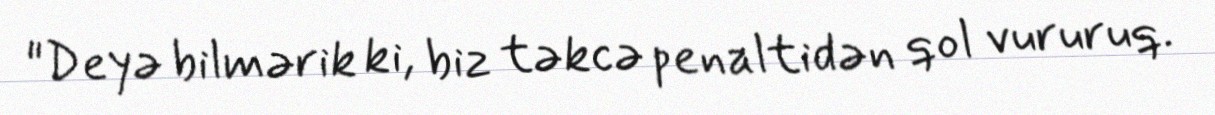
"Deyə bilmərik ki, biz təkcə penaltidən qol vururuq.